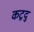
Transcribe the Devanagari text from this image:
कट्रदु